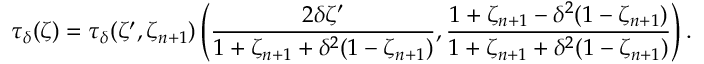
\tau _ { \delta } ( \zeta ) = \tau _ { \delta } ( \zeta ^ { \prime } , \zeta _ { n + 1 } ) \left( \frac { 2 \delta \zeta ^ { \prime } } { 1 + \zeta _ { n + 1 } + \delta ^ { 2 } ( 1 - \zeta _ { n + 1 } ) } , \frac { 1 + \zeta _ { n + 1 } - \delta ^ { 2 } ( 1 - \zeta _ { n + 1 } ) } { 1 + \zeta _ { n + 1 } + \delta ^ { 2 } ( 1 - \zeta _ { n + 1 } ) } \right) .